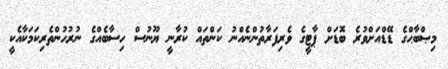
މިޞްބާޙްގެ ޑޭޑްއަށްވުރެ ބޮޑަށް ޕާޓީގެ ވެރިފަރާތުންނެއްނު ކަންތައް ކުރާނީ ޔޫނުސް ހިސާބެއްގެ ނުރުހުންތެރިކަމަކާއެކީ